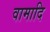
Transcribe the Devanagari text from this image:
वामादि